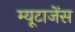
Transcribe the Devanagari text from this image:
म्यूटाजेंस